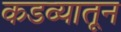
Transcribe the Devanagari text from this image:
कडव्यातून